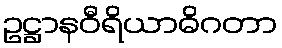
ဥဋ္ဌာနဝီရိယာဓိဂတာ